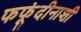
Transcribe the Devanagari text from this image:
फफूंदीनाशी